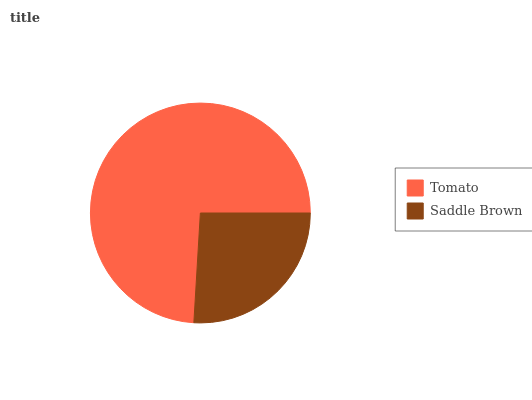
| Tomato | Saddle Brown |
 | --- | --- |
 | 74% | 26% |